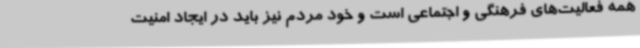
همه فعالیت‌های فرهنگی و اجتماعی است و خود مردم نیز باید در ایجاد امنیت